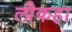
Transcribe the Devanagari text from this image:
लौकहा